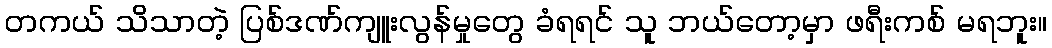
တကယ် သိသာတဲ့ ပြစ်ဒဏ်ကျူးလွန်မှုတွေ ခံရရင် သူ ဘယ်တော့မှာ ဖရီးကစ် မရဘူး။